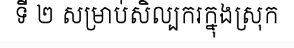
ទី ២ សម្រាប់សិល្បករក្នុងស្រុក